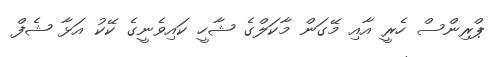
ޕްރިންސް ހެރީ އާއި މޭގަން މާކަލްގެ ޝާހީ ކައިވެނީގެ ކޭކު އަޅާ ޝެފް